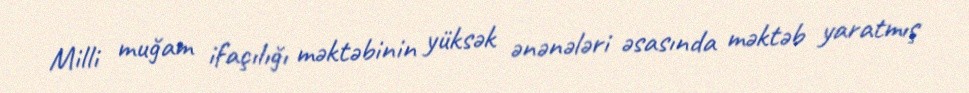
Milli muğam ifaçılığı məktəbinin yüksək ənənələri əsasında məktəb yaratmış